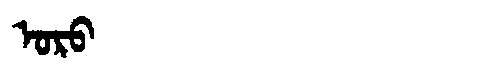
Manchu: ᠣᡵᠣ
Romanization: ORO